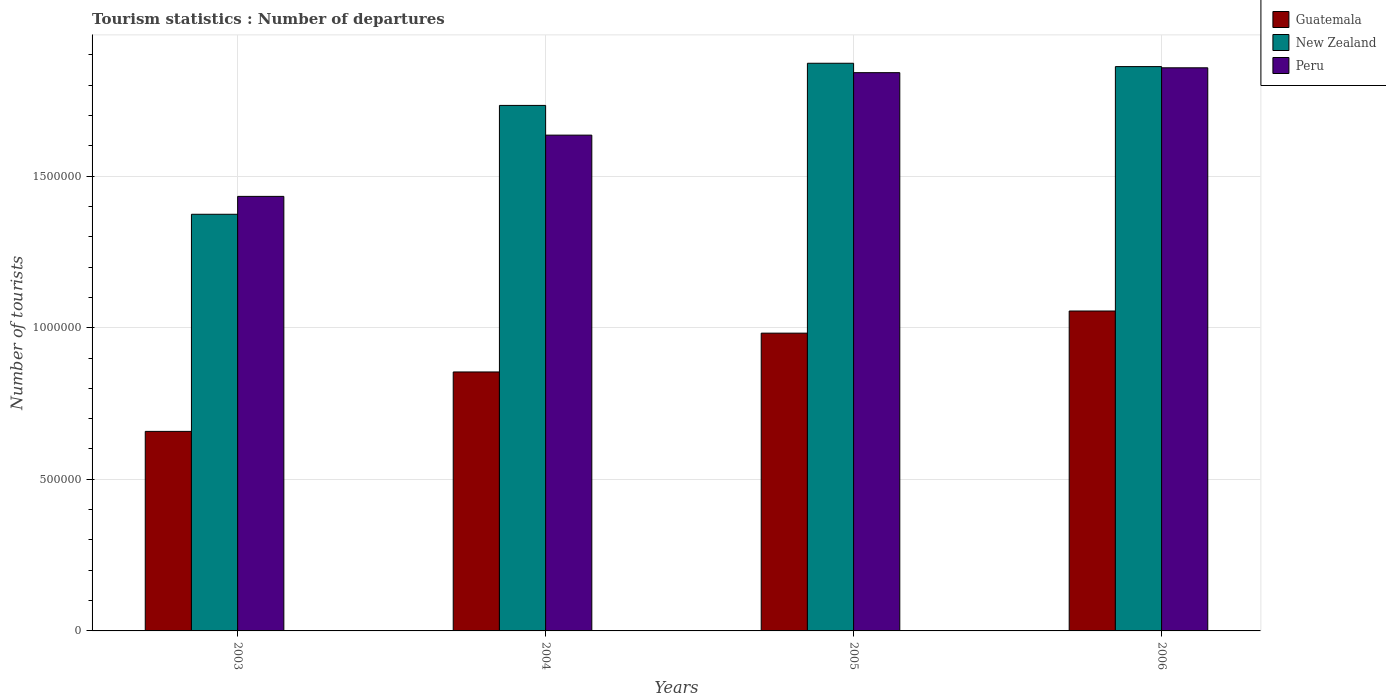
| Years | Guatemala | New Zealand | Peru |
 | --- | --- | --- | --- |
 | 2003 | 6.58e+05 | 1.37e+06 | 1.43e+06 |
 | 2004 | 8.54e+05 | 1.73e+06 | 1.64e+06 |
 | 2005 | 9.82e+05 | 1.87e+06 | 1.84e+06 |
 | 2006 | 1.06e+06 | 1.86e+06 | 1.86e+06 |